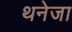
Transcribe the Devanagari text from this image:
थनेजा